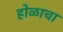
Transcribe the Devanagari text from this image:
होळाचा